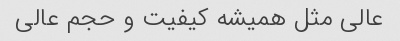
عالی مثل همیشه کیفیت و حجم عالی